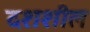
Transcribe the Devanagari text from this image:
दशशील